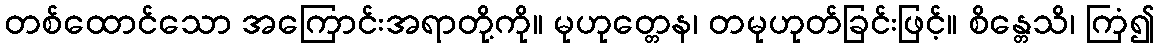
တစ်ထောင်သော အကြောင်းအရာတို့ကို။ မုဟုတ္တေန၊ တမုဟုတ်ခြင်းဖြင့်။ စိန္တေသိ၊ ကြံ၍